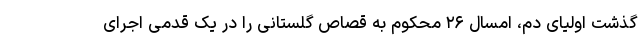
گذشت اولیای دم، امسال ۲۶ محکوم به قصاص گلستانی را در یک قدمی اجرای